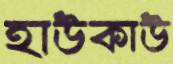
হাউকাউ